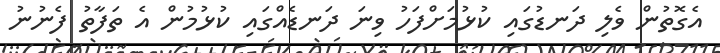
އެގޮތުން ވެލި ދަނޑުގައި ކުޅުމަށްފަހު ވިނަ ދަނޑެއްގައި ކުޅުމުން އެ ތަފާތު ފެނުނު